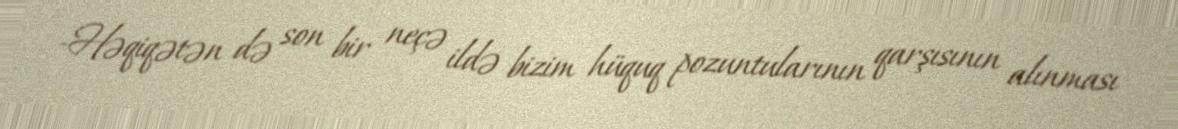
-Həqiqətən də son bir neçə ildə bizim hüquq pozuntularının qarşısının alınması